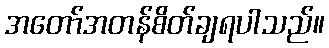
အတော်အတန်စိတ်ချရပါသည်။